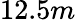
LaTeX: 12.5m